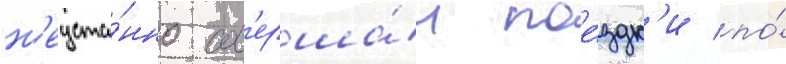
н'еуста́нно сов'ерша́л пое́здк'и по́